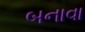
બનાવા